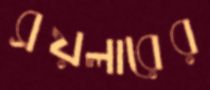
ব্রয়লারের